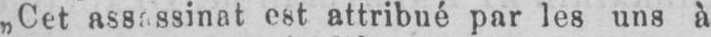
„Cet assassinat est attribué par les uns à